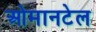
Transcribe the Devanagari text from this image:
ओमानटेल